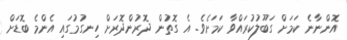
އޮންނާނެ ކަމަށް ގަބޫލުކުރައްވާ ކަމަށެވެ. އެ ގޮތުން ދޮރުންދޮރަށް ހިނގުމުގައި އެންމެ ބޮޑަށް